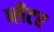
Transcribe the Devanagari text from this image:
ब्लैटर